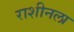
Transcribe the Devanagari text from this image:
राशीनला